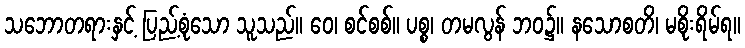
သဘောတရားနှင့် ပြည့်စုံသော သူသည်။ ဝေ၊ စင်စစ်။ ပစ္စ၊ တမလွန် ဘဝ၌။ နသောစတိ၊ မစိုးရိမ်ရ။